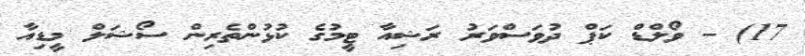
17) - ވޯލްޑް ކަޕް ދުވަސްވަރު ރަޝިއާ ޓީމުގެ ކުޅުންތެރިން ސޯޝަލް މީޑިއާ